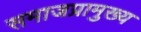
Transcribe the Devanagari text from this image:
समाजप्रामुख्य